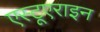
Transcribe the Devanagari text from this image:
एस्टूएराइन